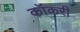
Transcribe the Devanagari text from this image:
कॉकरी